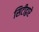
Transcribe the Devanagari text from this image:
सिटीद्वारे